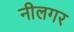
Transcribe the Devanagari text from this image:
नीलगर